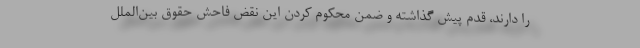
را دارند، قدم پیش گذاشته و ضمن محکوم کردن این نقض فاحش حقوق بین‌الملل